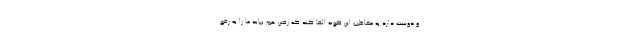
و دوست دارد به مخاطب این گونه القا کند که رفتن هم نباید ما را به رفع